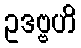
ဥဒဗ္ဗဟိ